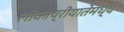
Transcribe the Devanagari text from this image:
लोकाप्रीयातेमध्ये